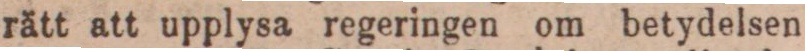
rätt att upplysa regeringen om betydelsen